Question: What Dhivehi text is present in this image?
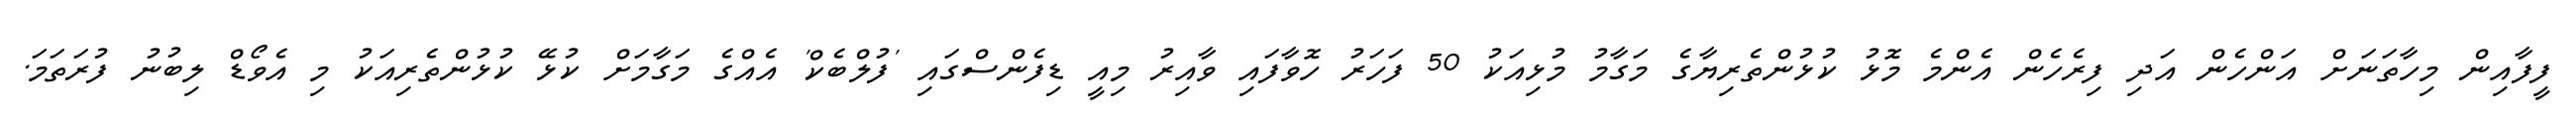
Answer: ފީފާއިން މިހާތަނަށް އަންހެން އަދި ފިރެހެން އެންމެ މޮޅު ކުޅުންތެރިޔާގެ މަގާމު މުޅިއަކު 50 ފަހަރު ހޮވާފައި ވާއިރު މިއީ ޑިފެންސްގައި 'ފުލްބެކް' އެއްގެ މަގާމަށް ކުޅޭ ކުޅުންތެރިއަކު މި އެވޯޑް ލިބުނު ފުރަތަމަ.